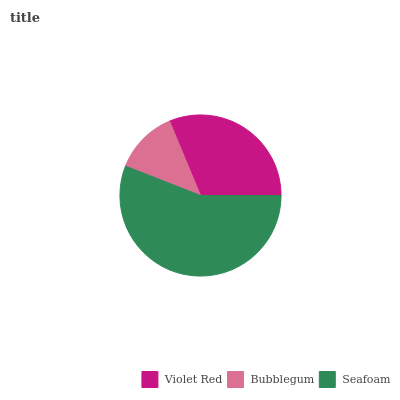
| Violet Red | Bubblegum | Seafoam |
 | --- | --- | --- |
 | 31.3% | 12.7% | 55.9% |